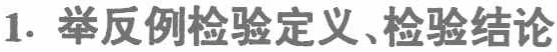
1. 举反例检验定义、检验结论